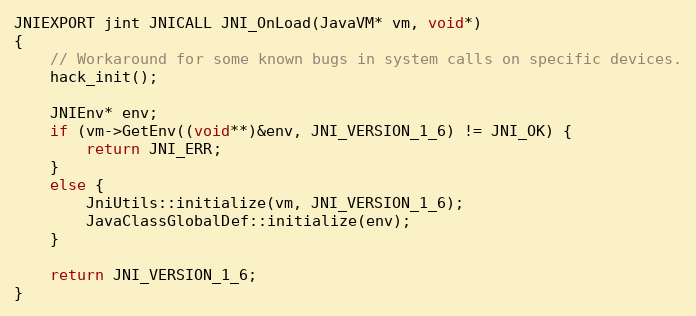
Language: C++
JNIEXPORT jint JNICALL JNI_OnLoad(JavaVM* vm, void*)
{
    // Workaround for some known bugs in system calls on specific devices.
    hack_init();

    JNIEnv* env;
    if (vm->GetEnv((void**)&env, JNI_VERSION_1_6) != JNI_OK) {
        return JNI_ERR;
    }
    else {
        JniUtils::initialize(vm, JNI_VERSION_1_6);
        JavaClassGlobalDef::initialize(env);
    }

    return JNI_VERSION_1_6;
}